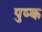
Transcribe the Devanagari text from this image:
पुष्क